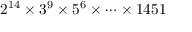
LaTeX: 2 ^ { 1 4 } \times 3 ^ { 9 } \times 5 ^ { 6 } \times \cdots \times 1 4 5 1